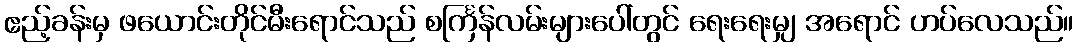
ဧည့်ခန်းမှ ဖယောင်းတိုင်မီးရောင်သည် စင်္ကြန်လမ်းများပေါ်တွင် ရေးရေးမျှ အရောင် ဟပ်လေသည်။